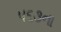
૫૬૩ના